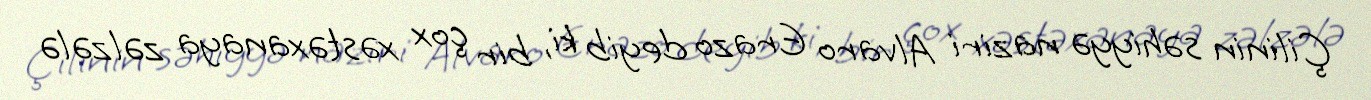
Çilinin səhiyyə naziri Alvaro Erazo deyib ki, bir çox xəstəxanaya zəlzələ